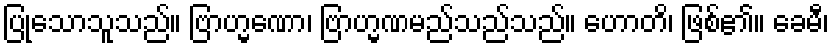
ပြုသောသူသည်။ ဗြာဟ္မဏော၊ ဗြာဟ္မဏမည်သည်သည်။ ဟောတိ၊ ဖြစ်၏။ ခေမီ၊